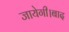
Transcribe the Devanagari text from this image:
जायेगी।बाद